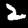
Label: 2